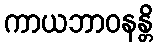
ကာယဘာဝနန္တိ